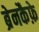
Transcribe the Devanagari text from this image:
ब्रेनकैफ़े